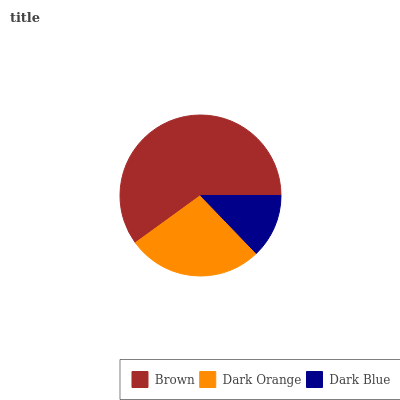
| Brown | Dark Orange | Dark Blue |
 | --- | --- | --- |
 | 60% | 27.2% | 12.8% |